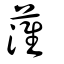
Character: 𦹏